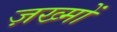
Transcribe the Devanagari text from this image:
ज़ख्‍मों